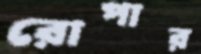
রোপার